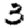
Digit: 3